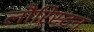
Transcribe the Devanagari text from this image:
लौरिस्टन